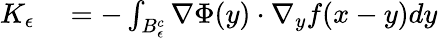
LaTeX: \begin{array}{rl}{K_{\epsilon}}&{{}=-\int_{B_{\epsilon}^{c}}\nabla\Phi(y)\cdot\nabla_{y}f(x-y)dy}\end{array}